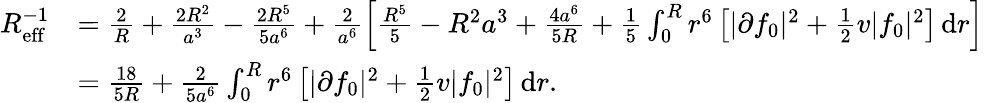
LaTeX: \begin{array}{rl}{R_{\textnormal{eff}}^{-1}}&{=\frac{2}{R}+\frac{2R^{2}}{a^{3}}-\frac{2R^{5}}{5a^{6}}+\frac{2}{a^{6}}\left[\frac{R^{5}}{5}-R^{2}a^{3}+\frac{4a^{6}}{5R}+\frac{1}{5}\int_{0}^{R}r^{6}\left[|\partial f_{0}|^{2}+\frac{1}{2}v|f_{0}|^{2}\right]\, \textnormal{d}r\right]}\\ &{=\frac{18}{5R}+\frac{2}{5a^{6}}\int_{0}^{R}r^{6}\left[|\partial f_{0}|^{2}+\frac{1}{2}v|f_{0}|^{2}\right]\, \textnormal{d}r.}\end{array}